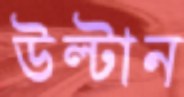
উল্‌টান